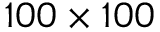
1 0 0 \times 1 0 0